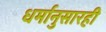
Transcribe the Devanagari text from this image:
धर्मानुसारही